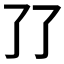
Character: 𰁒